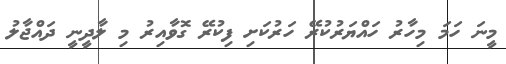
މީނަ ހަމަ މިހާރު ހައްޔަރުކުރޭ ހަރުކަށި ފިކުރޭ ގޮވާއިރު މި ލާދީނީ ދައްޖާލު